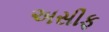
અસીફ